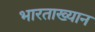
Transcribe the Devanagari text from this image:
भारताख्यान